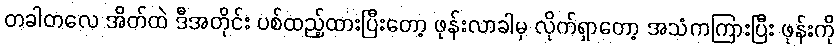
တခါတလေ အိတ်ထဲ ဒီအတိုင်း ပစ်ထည့်ထားပြီးတော့ ဖုန်းလာခါမှ လိုက်ရှာတော့ အသံကကြားပြီး ဖုန်းကို